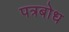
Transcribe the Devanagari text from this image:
पत्रबोध